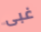
غبى